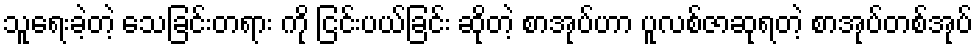
သူရေးခဲ့တဲ့ သေခြင်းတရား ကို ငြင်းပယ်ခြင်း ဆိုတဲ့ စာအုပ်ဟာ ပူလစ်ဇာဆုရတဲ့ စာအုပ်တစ်အုပ်